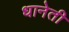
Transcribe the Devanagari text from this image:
धानेती